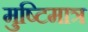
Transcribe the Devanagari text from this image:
मुष्टिमात्र